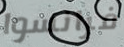
فرانسوا